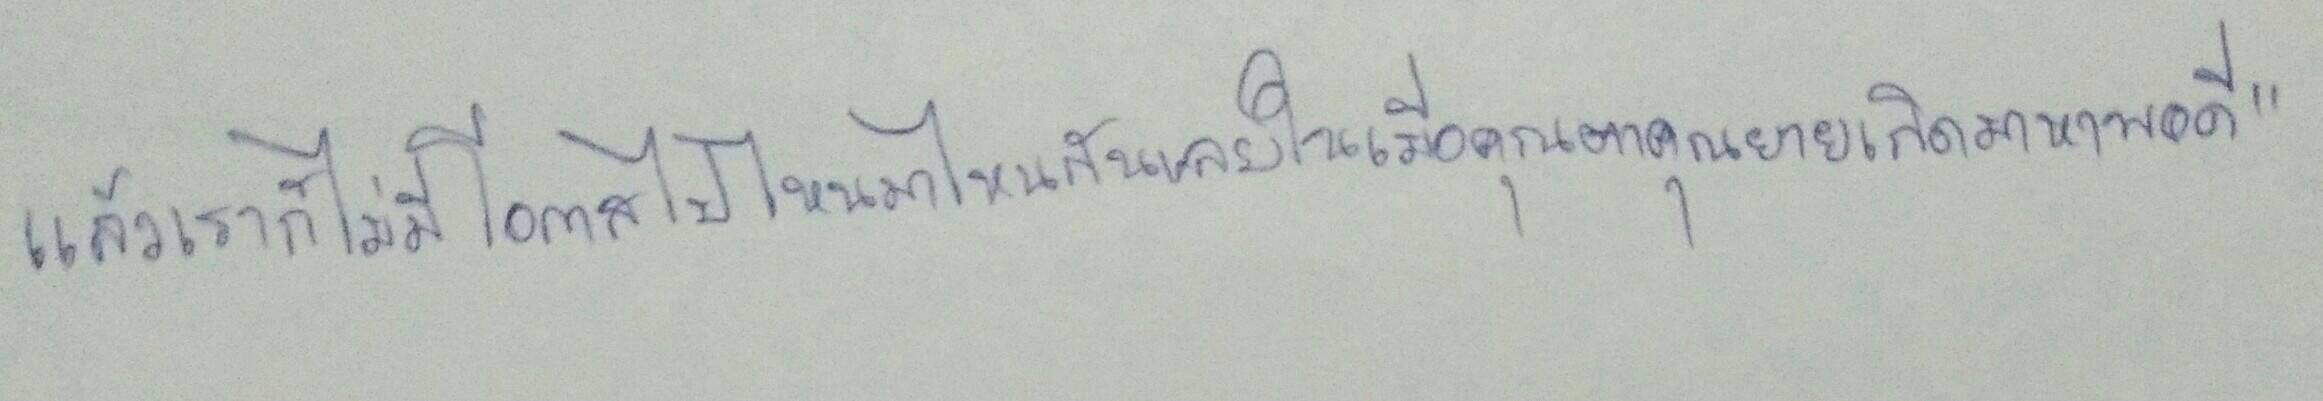
แล้วเราก็ไม่มีโอกาสไปไหนมาไหนกันเลยในเมื่อคุณตาคุณยายเกิดมาหาพอดี"